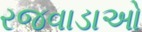
રજવાડાઓ